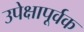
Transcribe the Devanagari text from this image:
उपेक्षापूर्वक